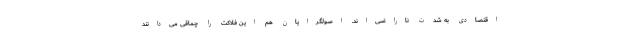
اقتصادی به شدت ناراضی‌اند. اصولگرایان هم این فلاکت را چماقی می‌دانند